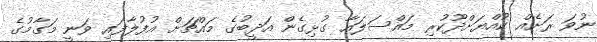
ނުވަ ރަށެއް ކުއްޔަށްދޫކުރި މައްސަލައާ ގުޅިގެން އަދީބުގެ މައްޗަށް އުފުލާފައި ވަނީ މަގާމުގެ